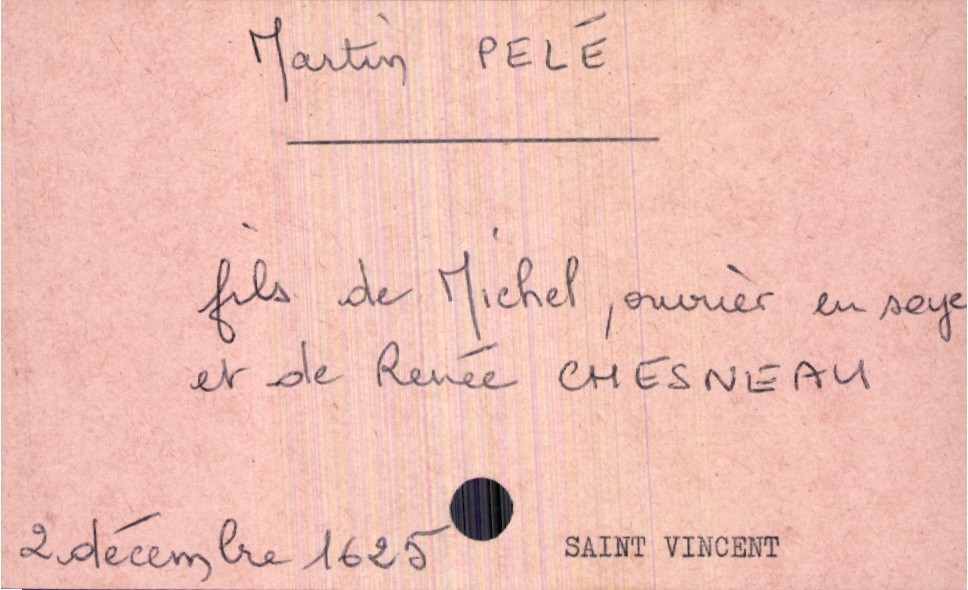
type_acte: Baptême
année: 1625
mois: décembre
jour: 2
paroisse: Saint Vincent
filiation: fils
enfant_prénom: Martin
père_enfant_nom: Pelé
père_enfant_prénom: Michel
père_enfant_profession: ouvrier en soie
mère_enfant_nom: Chesneau
mère_enfant_prénom: Renée